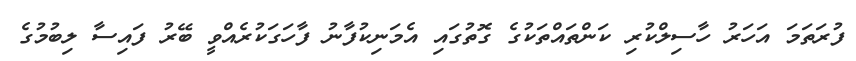
ފުރަތަމަ އަހަރު ހާސިލްކުރި ކަންތައްތަކުގެ ގޮތުގައި އެމަނިކުފާނު ފާހަގަކުރެއްވީ ބޭރު ފައިސާ ލިބުމުގެ